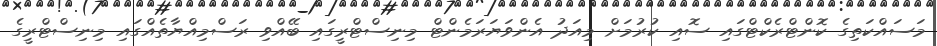
މަސައްކަތިގެ ކޮންޓްރެކްޓްގައި ސޮއި ކުރުމަށް މިއަދު އެންވަޔަރަމެންޓް މިނިސްޓްރީގައި ބޭއްވި ރަސްމިއްޔާތެއްގައި މިނިސްޓްރީގެ